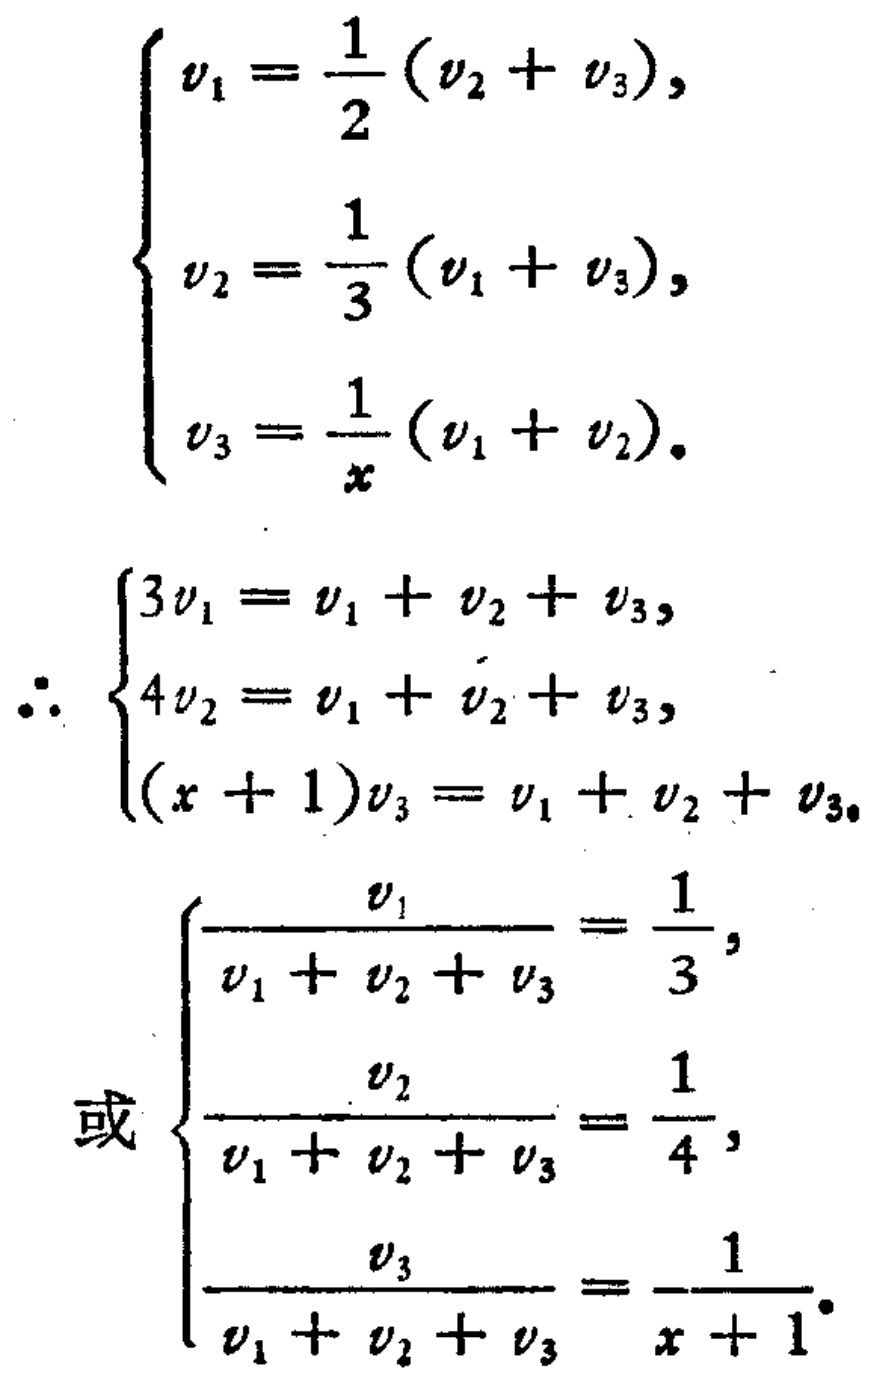
\[
\begin{cases}
v_1 = \frac{1}{2}(v_2 + v_3), \\
v_2 = \frac{1}{3}(v_1 + v_3), \\
v_3 = \frac{1}{x}(v_1 + v_2).
\end{cases}
\]
\[
\therefore
\begin{cases}
3v_1 = v_1 + v_2 + v_3, \\
4v_2 = v_1 + v_2 + v_3, \\
(x + 1)v_3 = v_1 + v_2 + v_3.
\end{cases}
\]
\[
\text{或}
\begin{cases}
\frac{v_1}{v_1 + v_2 + v_3} = \frac{1}{3}, \\
\frac{v_2}{v_1 + v_2 + v_3} = \frac{1}{4}, \\
\frac{v_3}{v_1 + v_2 + v_3} = \frac{1}{x + 1}.
\end{cases}
\]